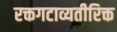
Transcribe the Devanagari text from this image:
रक्तगटाव्यतीरिक्त